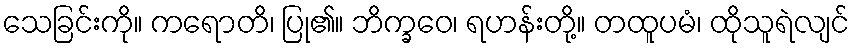
သေခြင်းကို။ ကရောတိ၊ ပြု၏။ ဘိက္ခဝေ၊ ရဟန်းတို့။ တထူပမံ၊ ထိုသူရဲလျင်